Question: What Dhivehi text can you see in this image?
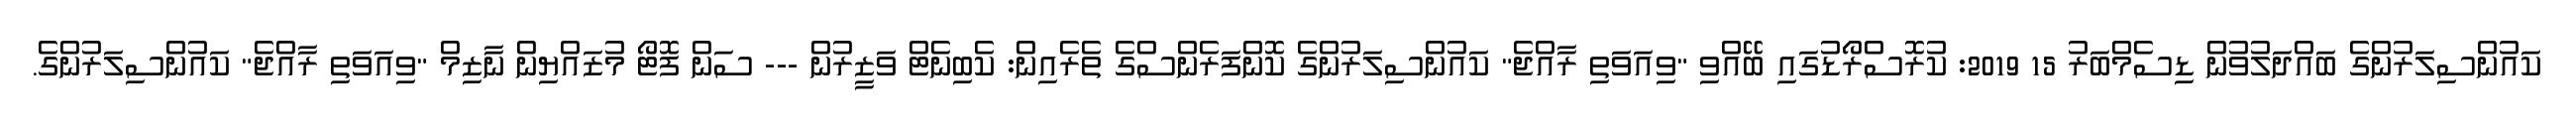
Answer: ކައުންސިލަރުންގެ ބައްދަލުވުން ޑިސެމްބަރު 15 2019: ކުރޮސްރޯޑުގައި ބޭއްވި "ވިއަވަތި ރާއްޖެ" ކައުންސިލަރުންގެ ކޮންފަރެންސްގެ ތެރެއިން: ކެބިނެޓް ވަޒީރުން --- ސަން ފޮޓޯ މުޒައްޔިން ނާޒިމް "ވިއަވަތި ރާއްޖެ" ކައުންސިލަރުންގެ.